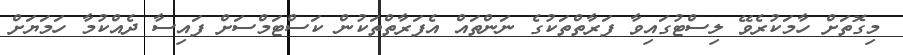
މިގޮތަށް ހާމަކުރެވޭ ލިސްޓުގައިވާ ފަރާތްތަކުގެ ނަންތައް އެފަރާތްތަކުން ކަސްޓަމްސަށް ފައިސާ ދެއްކުމާ ހަމަޔަށް